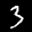
Label: 3